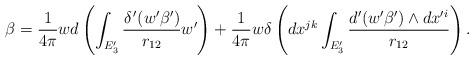
LaTeX: \begin{align*}\beta =\frac{1}{4\pi }wd\left( \int_{E_{3}^{\prime }}\frac{\delta ^{\,\prime}(w^{\prime }\beta ^{\prime })}{r_{12}}w^{\prime }\right) +\frac{1}{4\pi }w\delta \left( dx^{jk}\int_{E_{3}^{\prime }}\frac{d^{\prime}(w^{\prime }\beta ^{\prime })\wedge dx^{\prime i}}{r_{12}}\right) .\end{align*}